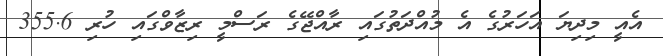
އެއީ މިދިޔަ އަހަރުގެ އެ މުއްދަތުގައި ރާއްޖޭގެ ރަސްމީ ރިޒާވްގައި ހުރި 355.6